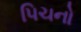
પિચનો